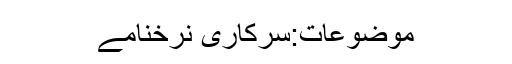
موضوعات:سرکاری نرخنامے